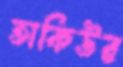
তাকিউর